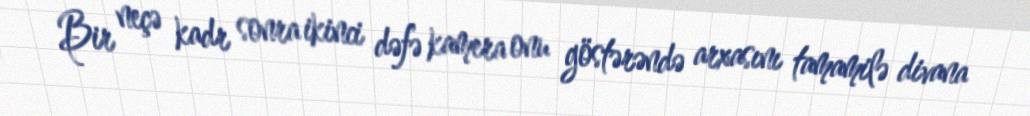
Bir neçə kadr sonra ikinci dəfə kamera onu göstərəndə arxasını tamamilə divana